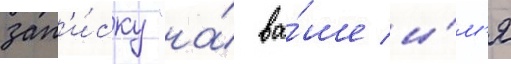
зап'и́ску "на́ ва́ше и́м'я